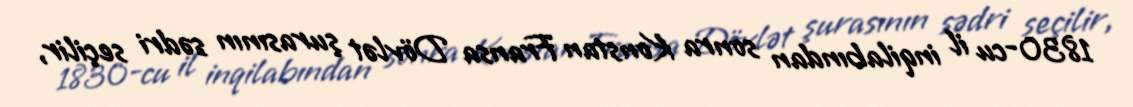
1830-cu il inqilabından sonra Konstan Fransa Dövlət şurasının sədri seçilir,